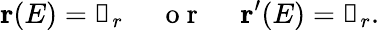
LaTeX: \textbf{r}(E)=\mathbb{0}_{r}~~~~~\mathrm{~o~r~}~~~~~\textbf{r}^{\prime}(E)=\mathbb{0}_{r}.